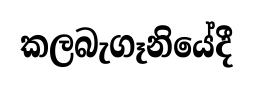
කලබැගෑනියේදී